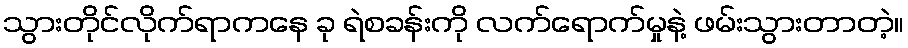
သွားတိုင်လိုက်ရာကနေ ခု ရဲစခန်းကို လက်ရောက်မှုနဲ့ ဖမ်းသွားတာတဲ့။